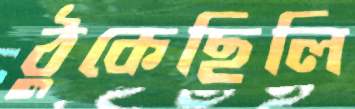
ঠুকেছিলি